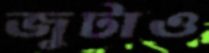
জুটাও